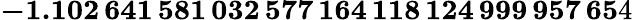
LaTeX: \mathbf{-1.102\, 641\, 581\, 032\, 577\, 164\, 118\, 124\, 999\, 957\, 65}4